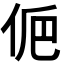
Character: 𠈊